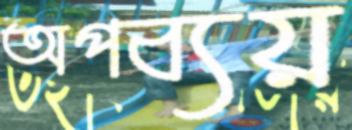
অপব্যয়